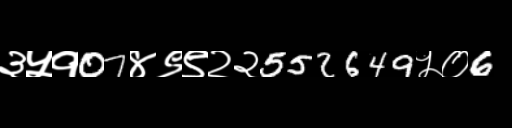
Text: ३५१07४९९२२552649५०6